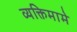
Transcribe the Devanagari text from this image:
व्यक्तिमामे